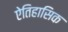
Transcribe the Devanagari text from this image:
ऐतिहासिक